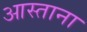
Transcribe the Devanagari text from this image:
आस्ताना